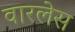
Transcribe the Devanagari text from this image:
वारलेस